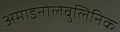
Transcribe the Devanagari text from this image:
अमाइनोलेवुलिनिक